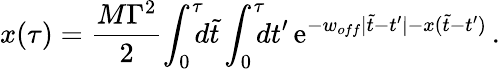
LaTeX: x(\tau)={\frac{M\Gamma^{2}}{2}}\! \int_{0}^{\tau}\! \! \! d\tilde{t}\int_{0}^{\tau}\! \! \! dt^{\prime}\, \mathrm{e}^{-w_{off}|\tilde{t}-t^{\prime}|-x(\tilde{t}-t^{\prime})}\, .